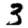
Digit: 3